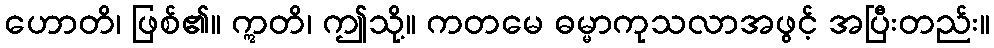
ဟောတိ၊ ဖြစ်၏။ ဣတိ၊ ဤသို့။ ကတမေ ဓမ္မာကုသလာအဖွင့် အပြီးတည်း။